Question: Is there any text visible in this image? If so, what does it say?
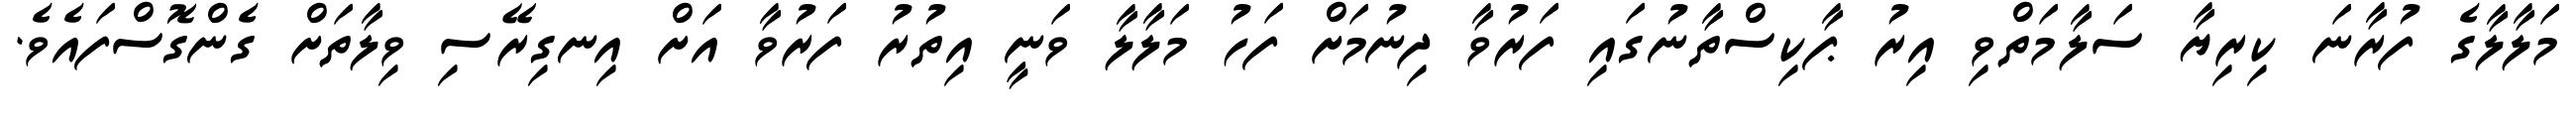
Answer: މަލާލާގެ ފުރާނަ ކިރިޔާ ސަލާމަތްވި އިރު ޕާކިސްތާނުގައި ފަރުވާ ދިނުމަށް ފަހު މަލާލާ ވަނީ އިތުރު ފަރުވާ އަށް އިނގިރޭސި ވިލާތަށް ގެންގޮސްފައެވެ.